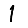
Digit: 1